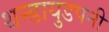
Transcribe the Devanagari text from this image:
थन्डायुडपनी